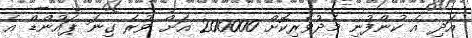
އަދި އެ ކުންފުނި މެދުވެރިކޮށް 200000 އަށް ވުރެ ގިނަ ޕައުންޑް އެ